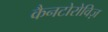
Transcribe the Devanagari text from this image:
कैनटोरोविज़